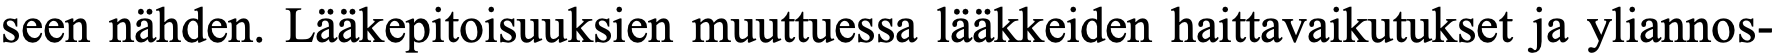
seen nähden. Lääkepitoisuuksien muuttuessa lääkkeiden haittavaikutukset ja yliannos-